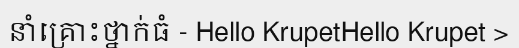
នាំគ្រោះថ្នាក់ធំ - Hello KrupetHello Krupet >